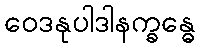
ဝေဒနုပါဒါနက္ခန္ဓေ